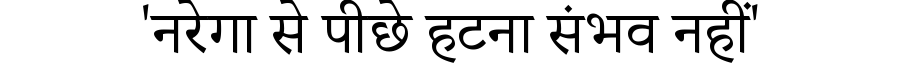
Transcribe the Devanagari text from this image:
'नरेगा से पीछे हटना संभव नहीं'